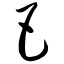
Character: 巴